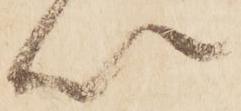
以